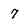
Character: 7